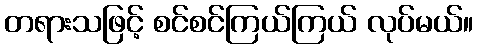
တရားသဖြင့် စင်စင်ကြယ်ကြယ် လုပ်မယ်။